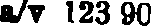
a/v 123 90